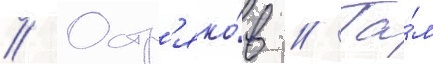
// Остр'яко́в // Та́м